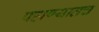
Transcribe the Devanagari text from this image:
पहाण्यातच